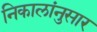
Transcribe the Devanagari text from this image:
निकालांनुसार